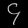
Digit: ၄